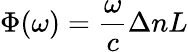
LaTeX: \Phi(\omega)=\frac{\omega}{c}\Delta nL